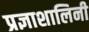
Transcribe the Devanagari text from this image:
प्रज्ञाशालिनी